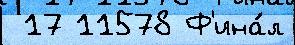
 17 11578 Ф'ина́л